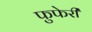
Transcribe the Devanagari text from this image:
फुफेरी